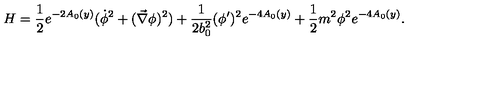
H = \frac { 1 } { 2 } e ^ { - 2 A _ { 0 } ( y ) } ( \dot { \phi } ^ { 2 } + ( \vec { \nabla } \phi ) ^ { 2 } ) + \frac { 1 } { 2 b _ { 0 } ^ { 2 } } ( \phi ^ { \prime } ) ^ { 2 } e ^ { - 4 A _ { 0 } ( y ) } + \frac { 1 } { 2 } m ^ { 2 } \phi ^ { 2 } e ^ { - 4 A _ { 0 } ( y ) } .